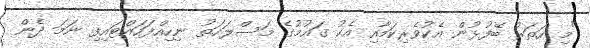
"މި ހަތަރު ބޭފުޅުން އެކުވެރިކަމާއި އެކު ގައުމުގެ މަސްލަހަތު ނިހިއްފަހައްޓައިފި ނަމަ ދެން